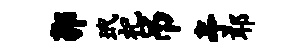
郭玳祀吊亭耶